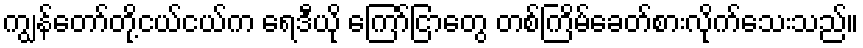
ကျွန်တော်တို့ငယ်ငယ်က ရေဒီယို ကြော်ငြာတွေ တစ်ကြိမ်ခေတ်စားလိုက်သေးသည်။